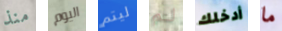
منذ اليوم ليتم لم أدخلك ما